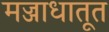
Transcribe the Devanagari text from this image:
मज्जाधातूत